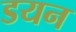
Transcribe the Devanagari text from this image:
डयन